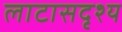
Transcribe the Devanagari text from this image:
लाटासदृश्य